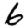
Digit: 6